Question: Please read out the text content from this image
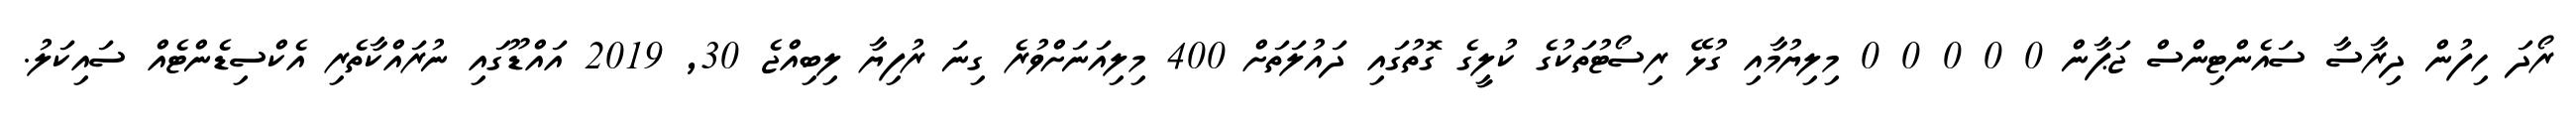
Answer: ރޯދަ ހިފުން ދިރާސާ ސައެންޓިންސް ޖަޕާން 0 0 0 0 0 މިލިޔުމާއި ގުޅޭ ރިސޯޓުތަކުގެ ކުލީގެ ގޮތުގައި ދައުލަތަށް 400 މިލިއަނަށްވުރެ ގިނަ ރުފިޔާ ލިބިއްޖެ 30, 2019 އައްޑޫގައި ނުރައްކާތެރި އެކްސިޑެންޓެއް ސައިކަލު.